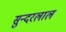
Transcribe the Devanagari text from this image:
सुन्‍दरलाल